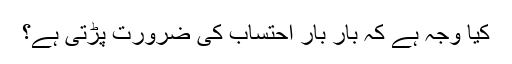
کیا وجہ ہے کہ بار بار احتساب کی ضرورت پڑتی ہے؟